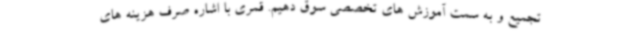
تجمیع و به سمت آموزش های تخصصی سوق دهیم. قمری با اشاره صرف هزینه های